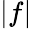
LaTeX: \vert f\vert